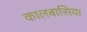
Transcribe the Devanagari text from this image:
कालबासिया